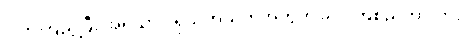
ဒါကိုကြည့်ပြီး အရသာ င်ရုံသက်သက်အတွက် ခုလိုကြံစည်တာလား ။